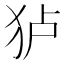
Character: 𰡄